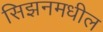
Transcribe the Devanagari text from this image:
सिझनमधील